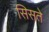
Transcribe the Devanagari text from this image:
सिसते